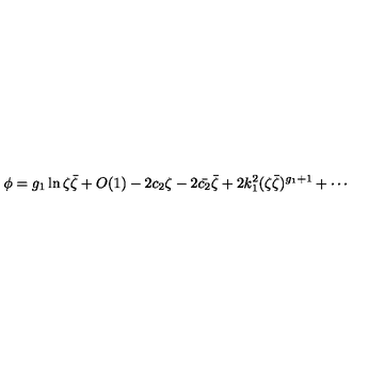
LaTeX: \phi = g _ { 1 } \ln \zeta \bar { \zeta } + O ( 1 ) - 2 c _ { 2 } \zeta - 2 \bar { c _ { 2 } } \bar { \zeta } + 2 k _ { 1 } ^ { 2 } ( \zeta \bar { \zeta } ) ^ { g _ { 1 } + 1 } + \cdots